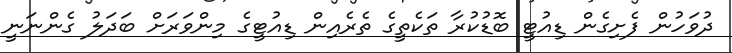
ދުވަހުން ފެށިގެން ޑިއުޓީ ބޮޑުކުރާ ތަކެތީގެ ތެރެއިން ޑިއުޓީގެ މިންވަރަށް ބަދަލު ގެންނަނީ